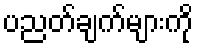
ပညတ်ချက်များကို